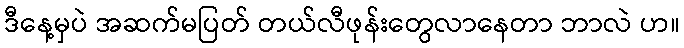
ဒီနေ့မှပဲ အဆက်မပြတ် တယ်လီဖုန်းတွေလာနေတာ ဘာလဲ ဟ။